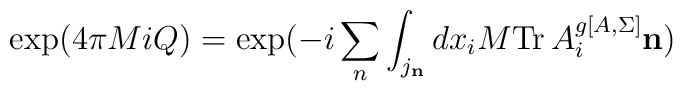
{\rm exp}(4\pi M i Q) = {\rm exp}(-i\sum_{n} \int_{j_{{\bf n}}}d x_i M {\rm Tr}\, A^{g[A,\Sigma]}_{i} {\bf n})